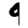
Digit: 9